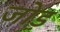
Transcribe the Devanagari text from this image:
जो़ड़